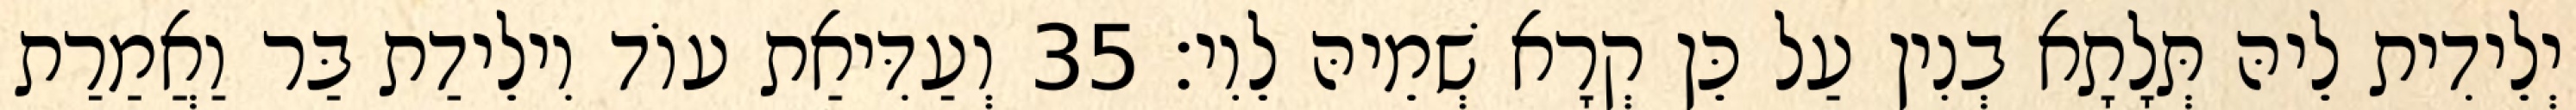
יְלֵידִית לֵיהּ תְּלָתָא בְנִין עַל כֵּן קְרָא שְׁמֵיהּ לֵוִי׃ 35 וְעַדִּיאַת עוֹד וִילֵידַת בַּר וַאֲמַרַת